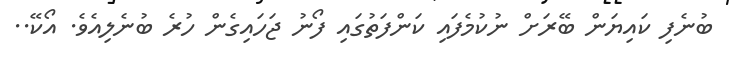
ބުނެފި ކައިޔަން ބޭރަށް ނުކުމެފައި ކަންފަތުގައި ފޯނު ޖަހައިގެން ހުރެ ބުނެލިއެވެ. އޯކޭ..